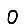
Digit: 0